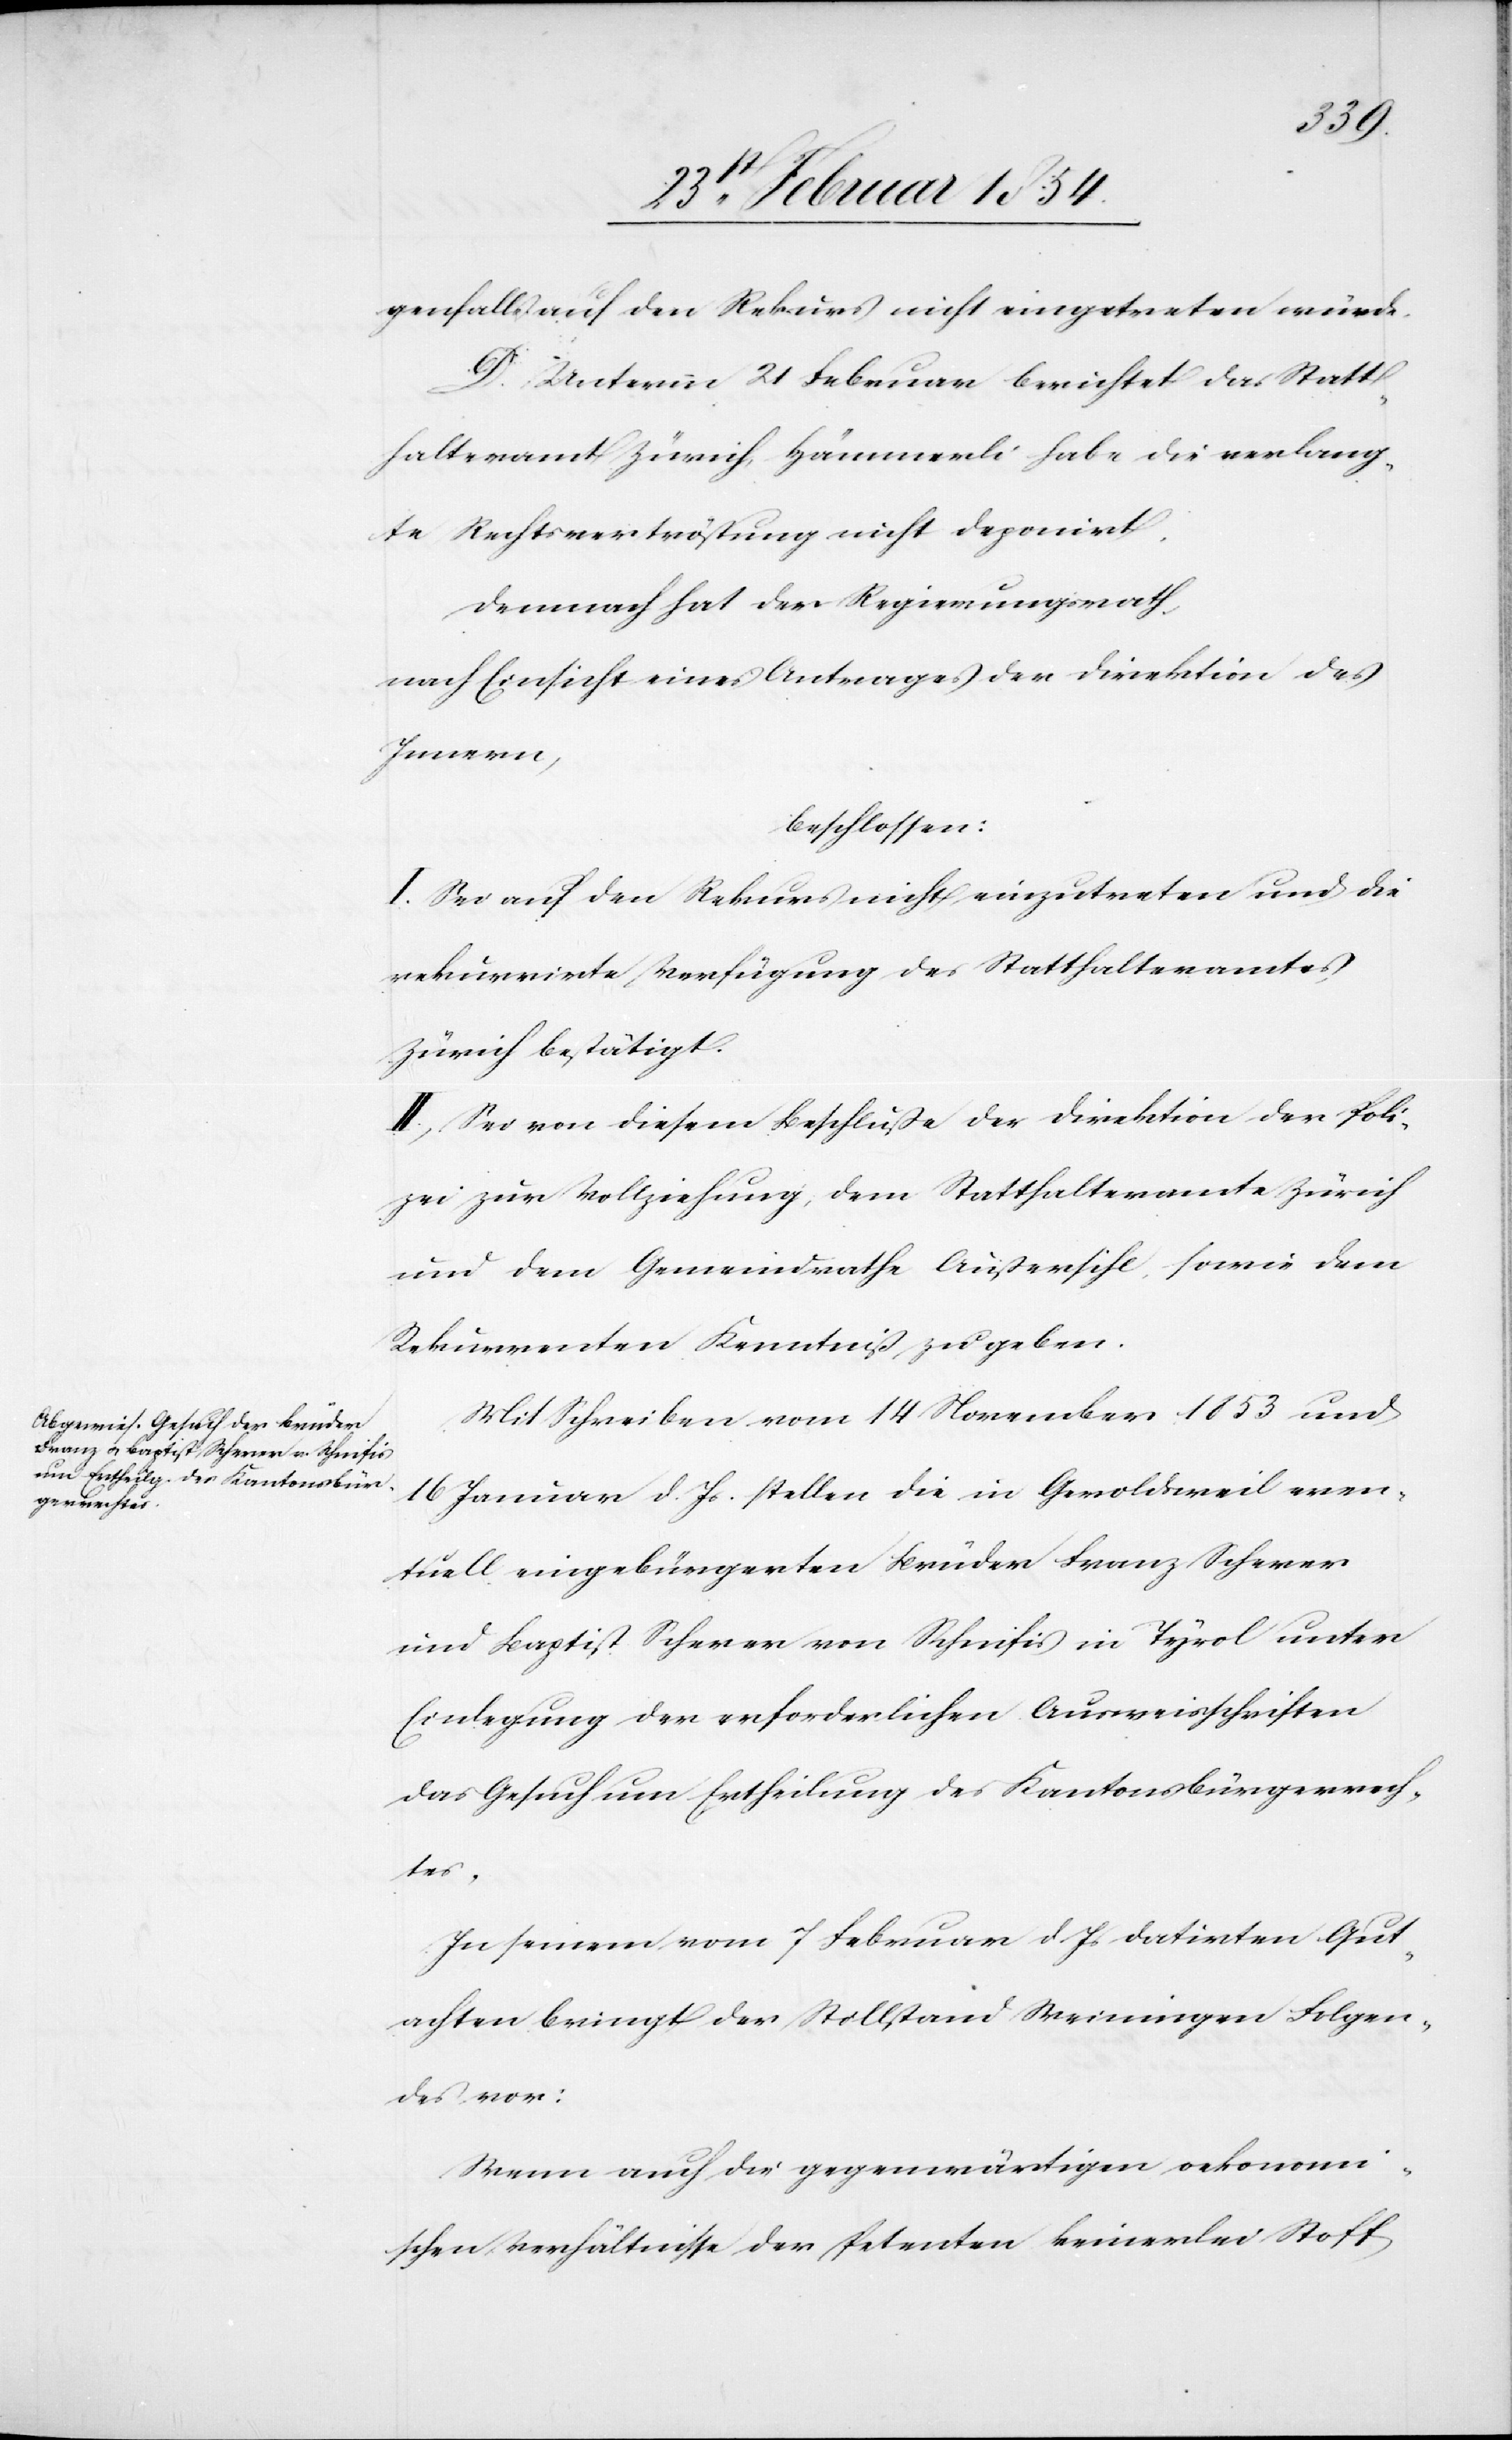
genfalls auf den Rekurs nicht eingetreten wird.
D. Unterm 21 Februar berichtet das Statt¬
halteramt Zürich, Hämmerli habe die verlang¬
te Rechtsvertröstung nicht deponirt.
Demnach hat der Regierungsrath,
nach Einsicht eines Antrages der Direktion des
Innern,
beschlossen:
I. Sei auf den Rekurs nicht einzutreten und die
rekurrirte Verfügung des Statthalteramtes
Zürich bestätigt.
II., Sei von diesem Beschluße der Direktion der Poli¬
zei zur Vollziehung, dem Statthalteramte Zürich
und dem Gemeindrathe Außersihl, sowie dem
Rekurrenten Kenntniß zu geben.
Mit Schreiben vom 14 November 1853 und
16 Januar d. Js stellen die in Geroldsweil even¬
tuell eingebürgerten Brüder Franz Scherer
und Baptist Scherer von Schnifis in Tyrol unter
Einlegung der erforderlichen Ausweisschriften
das Gesuch um Ertheilung des Kantonsbürgerrech¬
tes,
In seinem vom 7 Februar d. Js datirten Gut¬
achten bringt der Stillstand Weiningen Folgen¬
des vor:
Wenn auch die gegenwärtigen oekonomi¬
schen Verhältnisse der Petenten keinerlei Stoff